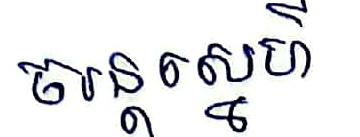
ចរន្ដស្នេហ៍